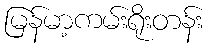
မြန်မာ့ကမ်းရိုးတန်း